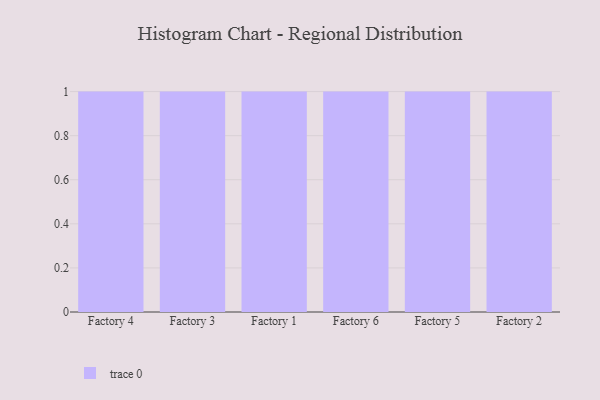
{"axis": {"x": "Factory", "y": "Active Users"}, "legend": [""], "data": [{"x": "Factory 4", "y": 88, "type": ""}, {"x": "Factory 3", "y": 99, "type": ""}, {"x": "Factory 1", "y": 36, "type": ""}, {"x": "Factory 6", "y": 97, "type": ""}, {"x": "Factory 5", "y": 17, "type": ""}, {"x": "Factory 2", "y": 7, "type": ""}]}